Leaving Certificate Examination, 1924
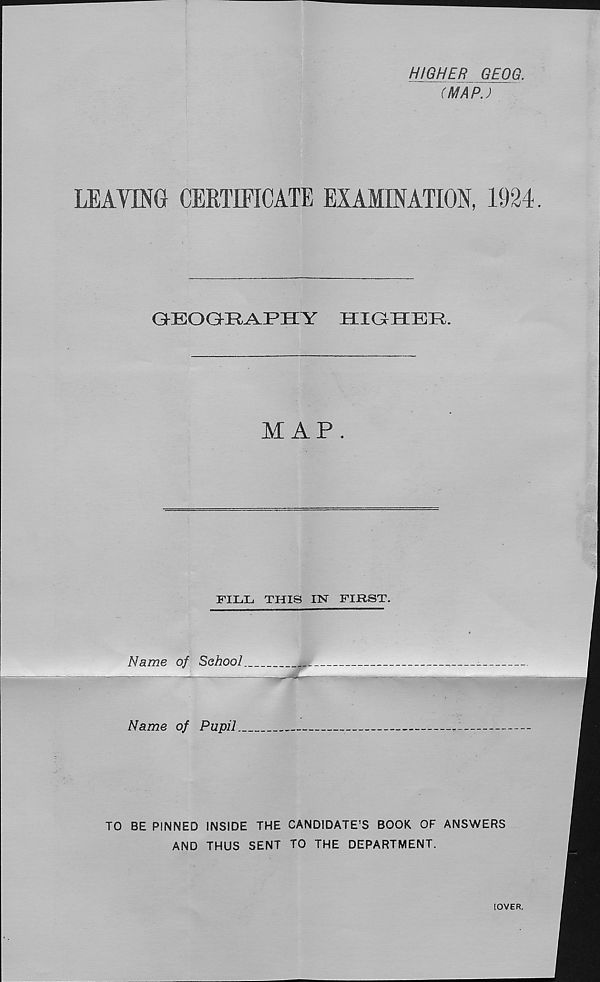
HIGHER GEOG.
(MAP.)
LEAVING CERTIFICATE EXAMINATION, 1924.
QEOQR-APHY
HIGHER,
XI AP.
FILL THIS UST FIRST.
Name of Sehool
Name of Pupil.
TO BE PINNED INSIDE THE CANDIDATE’S BOOK OF ANSWERS
AND THUS SENT TO THE DEPARTMENT.
[OVER.